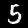
Label: 5